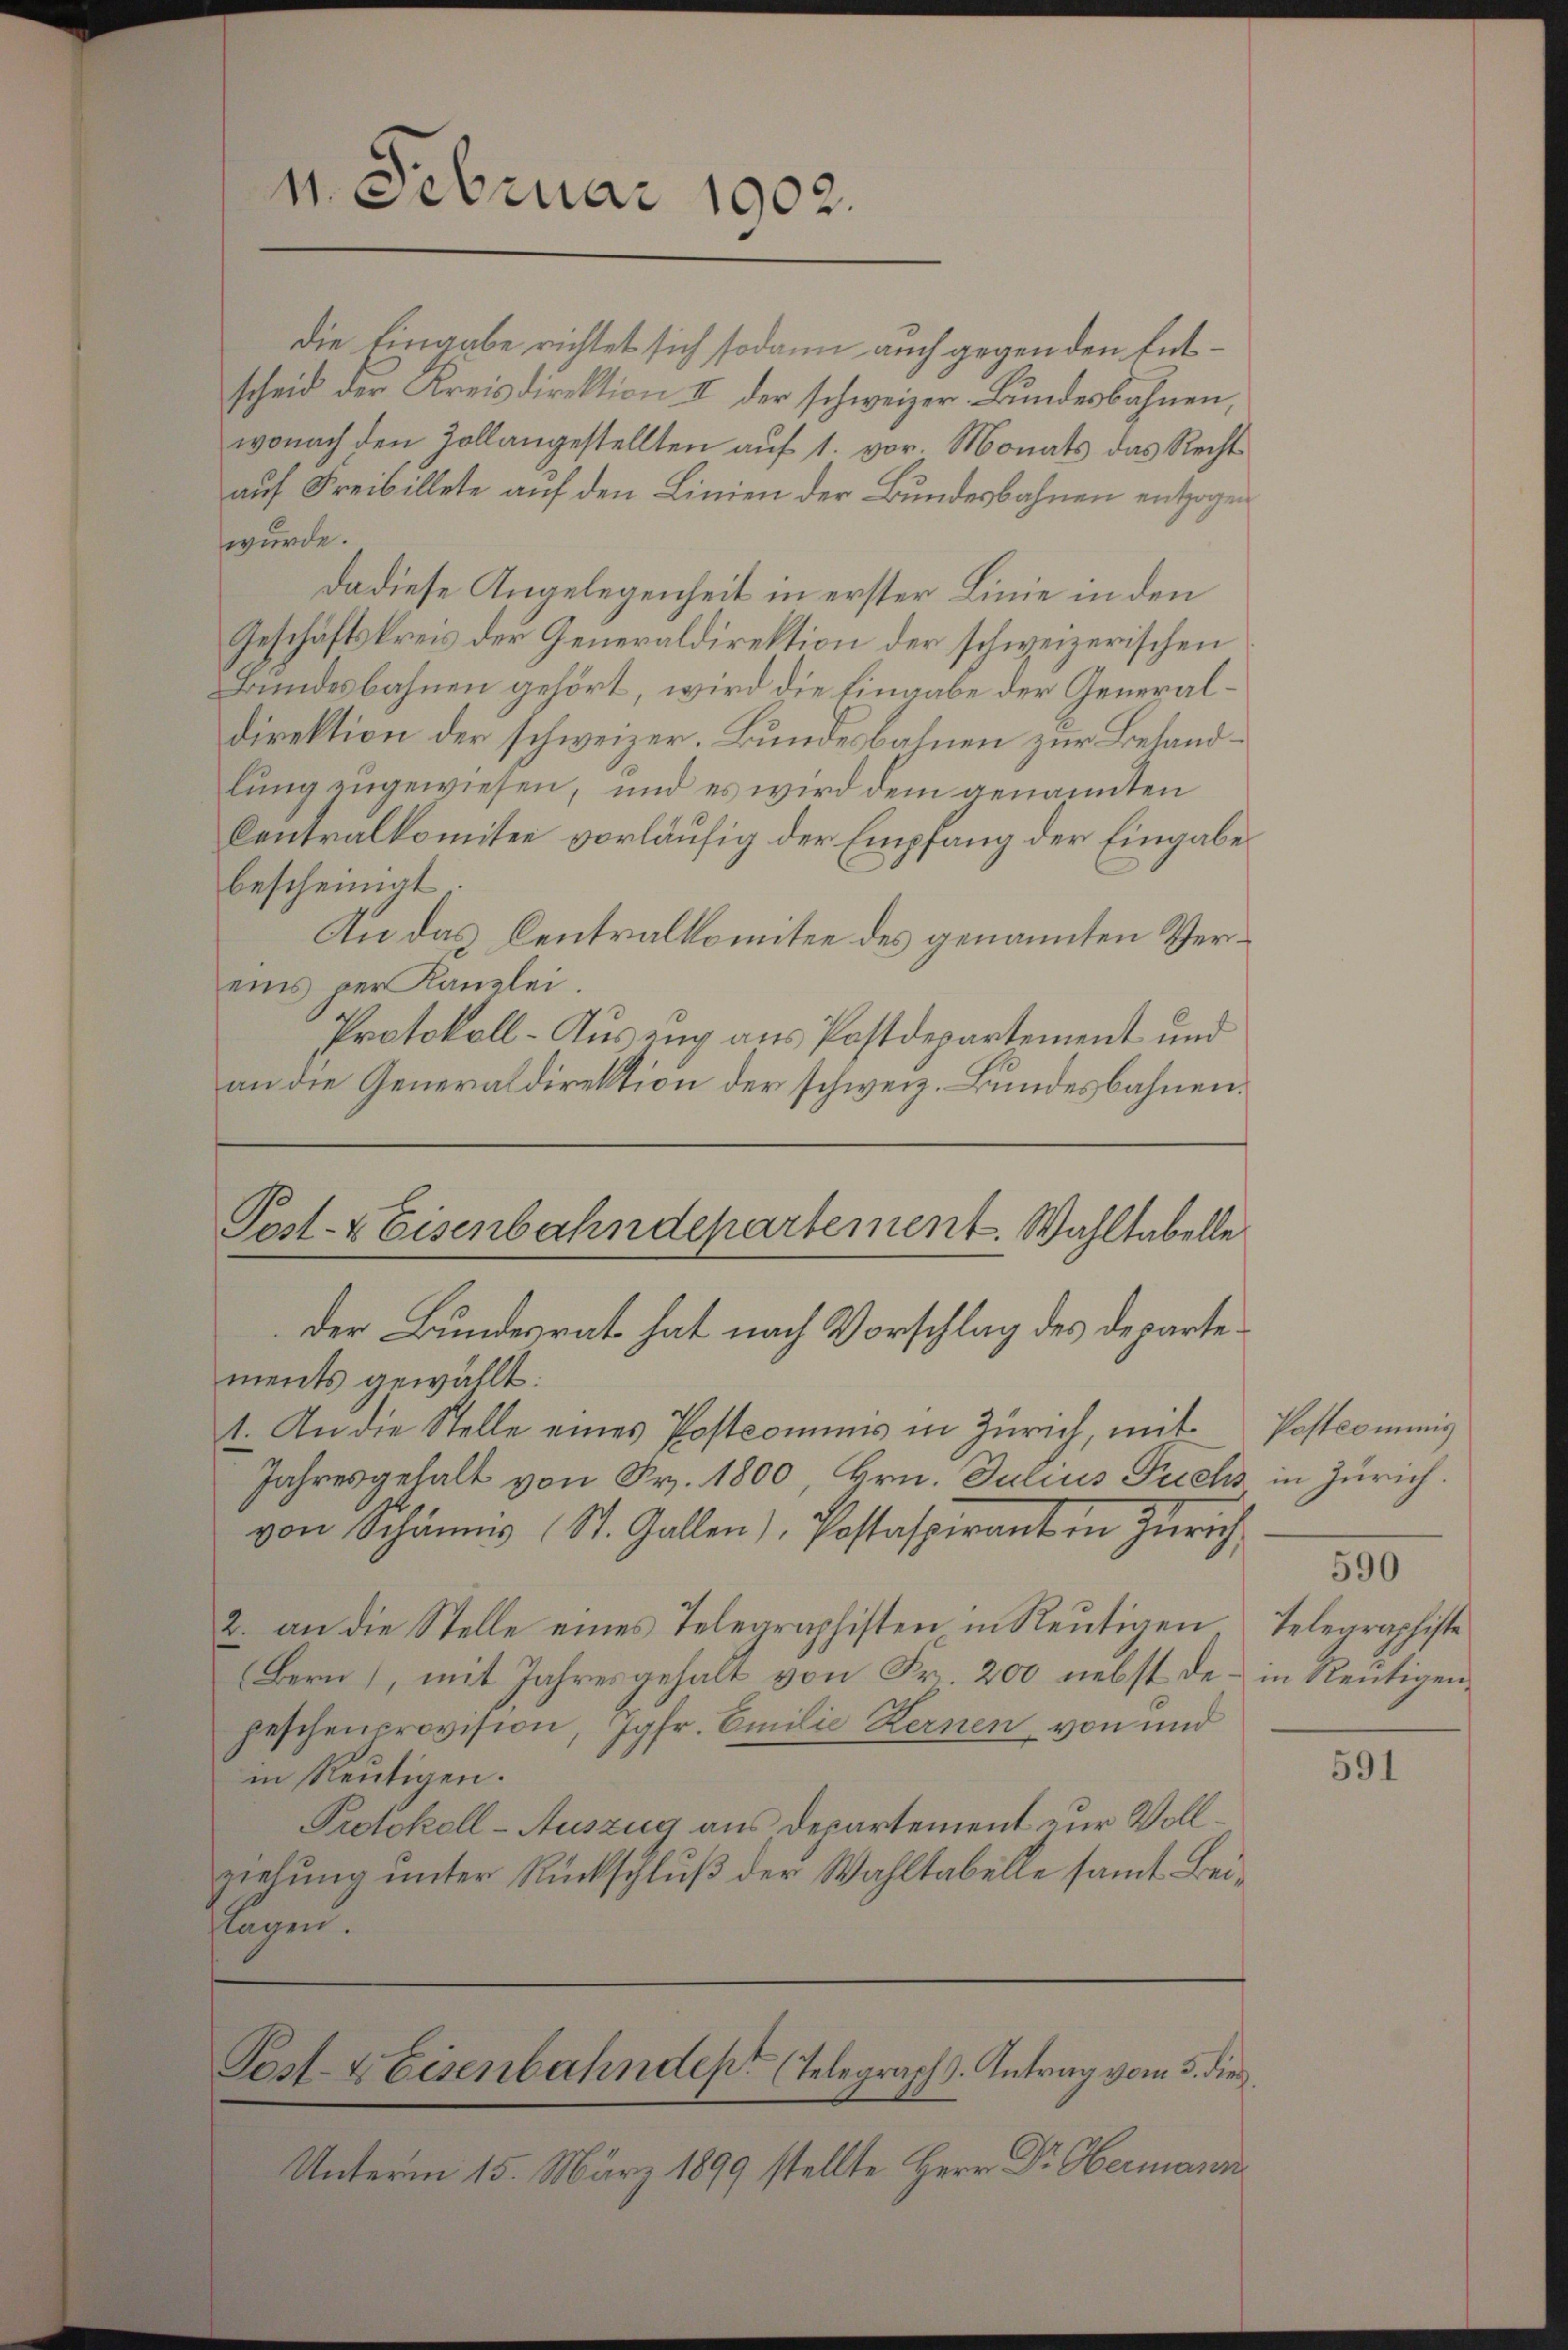
11. Februar 1902.

die Eingabe richtet sich sodann auch gegen den Entscheid der Kreisdirektion I der schweizer. Bŭndesbahnen,
wonach den Zollangestellten aŭf 1. vor. Monats das Recht
auf Freibillete auf den Linien der Bundesbahnen entzogen
wurde.
Da diese Angelegenheit in erster Linie in den
Geschäftskreis der Generaldirektion der schweizerischen
Bundesbahnen gehört, wird die Eingabe der Generaldirektion der schweizer. Bundesbahnen zur Besandlŭng zugewiesen, und es wird dem genannten
Centralkomitee vorläufig der Empfang der Eingabe
bescheinigt
An das Centralkomitee des genannten Vereins per Kanzlei.
Protokoll-Ausung aus Postdepartement und
an die Generaldirektion der schweiz. Bundesbahnen.
Post- & Eisenbahndepartement. Wahltabelle
der Bundesrat hat nach Vorschlag des Departements gewählt:
1. An die Stelle eines Postcominus in Zürich, mit
Jahresgehalt von Fr. 1800 Hrn. Julius Fuchs in Zürich.
von Schönes (St. Gallen, Postaspirant in Zürich
2. an die Stelle eines Telegraphisten in Reutigen
Bern), mit Jahresgehalt von Fr. 200 nebst des in Reutigenpeschencrovision, Jgfr. Emilie Kernen von und
in Reutigen.
Protokoll-Auszug aus Departement zur Vollziehŭng ŭnter Rückschlŭβ der Wahltabelle samt Bei-
flagen.

Post- & Eisenbahnden (Telegraph J. Antrag vom 3. dies

Unterm 15. März 1899 stellte Herr Dr. Hermann

Postcommis
590
Telegraphiste

591